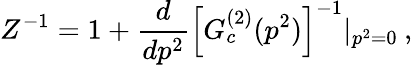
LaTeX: Z^{-1}=1+\frac{d}{dp^{2}}\left[G_{c}^{(2)}(p^{2})\right]^{-1}|_{p^{2}=0}\: ,